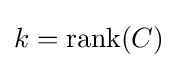
k={\textrm {rank}}(C)